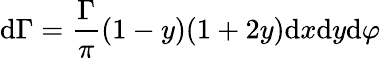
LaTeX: \mathrm{d}\Gamma={\frac{{\Gamma}}{{\pi}}}(1-y)(1+2y)\mathrm{d}x\mathrm{d}y\mathrm{d}\varphi